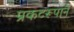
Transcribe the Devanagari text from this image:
प्रकटरूपानें